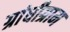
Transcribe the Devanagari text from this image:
ग्रांधीग्राम